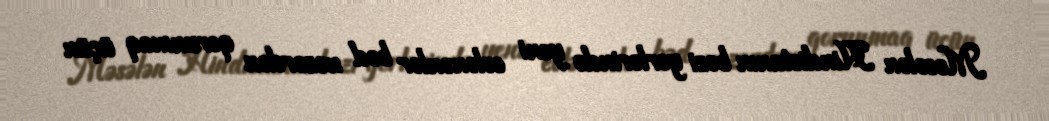
Məsələn Hindistanın bəzi yerlərində yeni evlənənlər bəd nəzərdən qorunmaq üçün